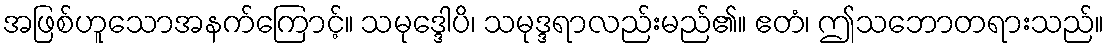
အဖြစ်ဟူသောအနက်ကြောင့်။ သမုဒ္ဒေါပိ၊ သမုဒ္ဒရာလည်းမည်၏။ ဧတံ၊ ဤသဘောတရားသည်။